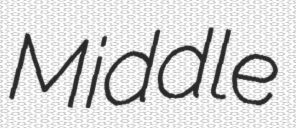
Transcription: Middle